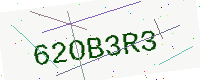
Text: 62OB3R3